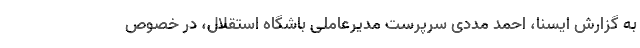
به گزارش ایسنا، احمد مددی سرپرست مدیرعاملی باشگاه استقلال، در خصوص